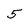
Character: 5